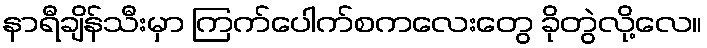
နာရီချိန်သီးမှာ ကြက်ပေါက်စကလေးတွေ ခိုတွဲလို့လေ။